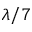
\lambda / 7